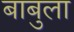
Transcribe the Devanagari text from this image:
बाबुला